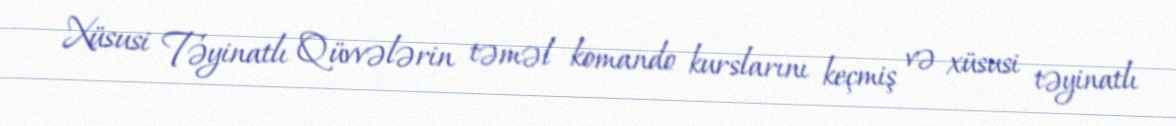
Xüsusi Təyinatlı Qüvvələrin təməl komando kurslarını keçmiş və xüsusi təyinatlı